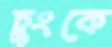
চুংকে